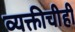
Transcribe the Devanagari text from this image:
व्यक्तीचीही